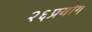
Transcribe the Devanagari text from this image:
२६प्रयोग